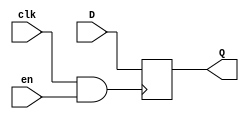
`timescale 1ns / 1ps
//////////////////////////////////////////////////////////////////////////////////
// Company: 
// Engineer: 
// 
// Design Name: 
// Module Name: CB_DFF_sync
// Project Name: 
// Target Devices: 
// Tool Versions: 
// Description: 
// 
// Dependencies: 
// 
// Revision:
// Revision 0.01 - File Created
// Additional Comments:
// 
//////////////////////////////////////////////////////////////////////////////////


module CB_DFF_sync(input D,clk,en,output reg Q);


always @(posedge clk & en) 
begin
 Q <= D; 
end 





endmodule